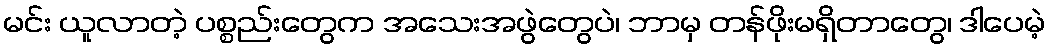
မင်း ယူလာတဲ့ ပစ္စည်းတွေက အသေးအဖွဲတွေပဲ၊ ဘာမှ တန်ဖိုးမရှိတာတွေ၊ ဒါပေမဲ့